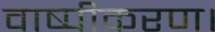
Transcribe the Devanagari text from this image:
वाष्पीकरण।